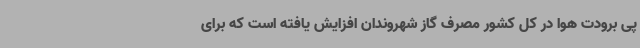
پی برودت هوا در کل کشور مصرف گاز شهروندان افزایش یافته است که برای